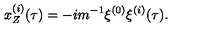
x _ { Z } ^ { ( i ) } ( \tau ) = - i m ^ { - 1 } \xi ^ { ( 0 ) } \xi ^ { ( i ) } ( \tau ) .